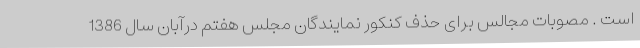
است . مصوبات مجالس برای حذف کنکور نمایندگان مجلس هفتم درآبان سال 1386